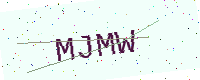
Text: MJMW